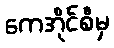
ကေအိုင်စီမှ